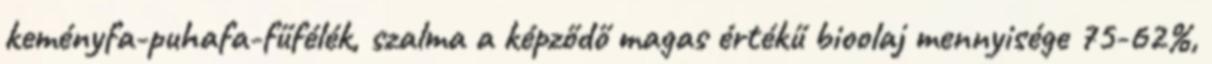
keményfa-puhafa-fűfélék, szalma a képződő magas értékű bioolaj mennyisége 75-62%,